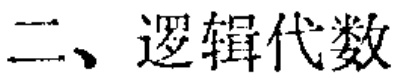
二、逻辑代数